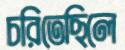
চরিতেছিলে